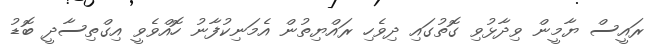
ރައީސް ޔާމީން ވިދާޅުވި ގޮތުގައި ދިވެހި ރައްޔިތުން އެމަނިކުފާނު ހޮއްވެވީ އިގްތިސާދީ ބޮޑު